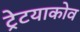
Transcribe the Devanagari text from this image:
ट्रेटयाकोव